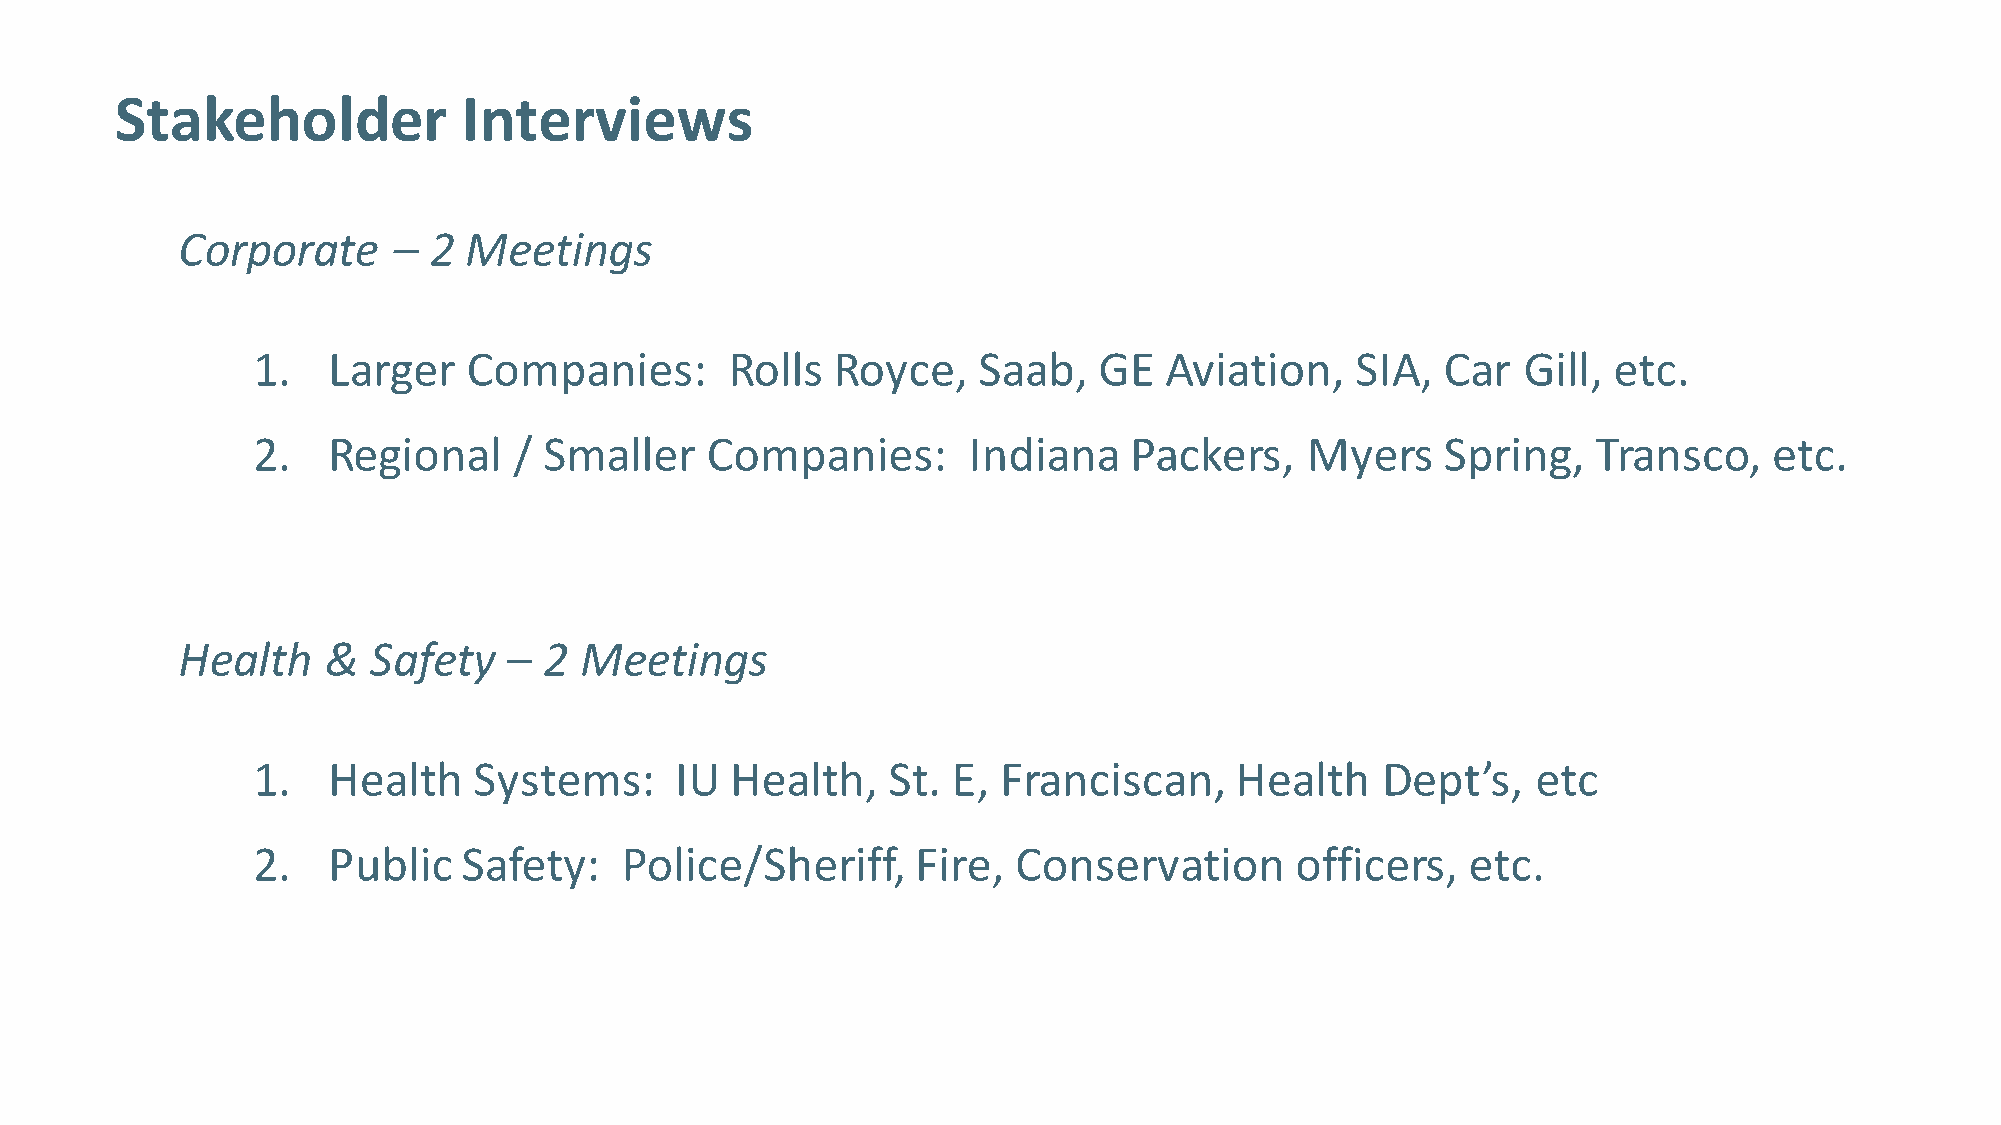
Stakeholder            Interviews
 Corporate     – 2  Meetings
 1.   Larger   Companies:       Rolls  Royce,    Saab,   GE  Aviation,    SIA,  Car  Gill, etc.
 2.   Regional    / Smaller    Companies:       Indiana    Packers,   Myers     Spring,   Transco,   etc.
 Health    & Safety    – 2 Meetings
 1.   Health   Systems:      IU Health,    St. E, Franciscan,     Health   Dept’s,    etc
 2.   Public   Safety:   Police/Sheriff,     Fire, Conservation       officers,  etc.